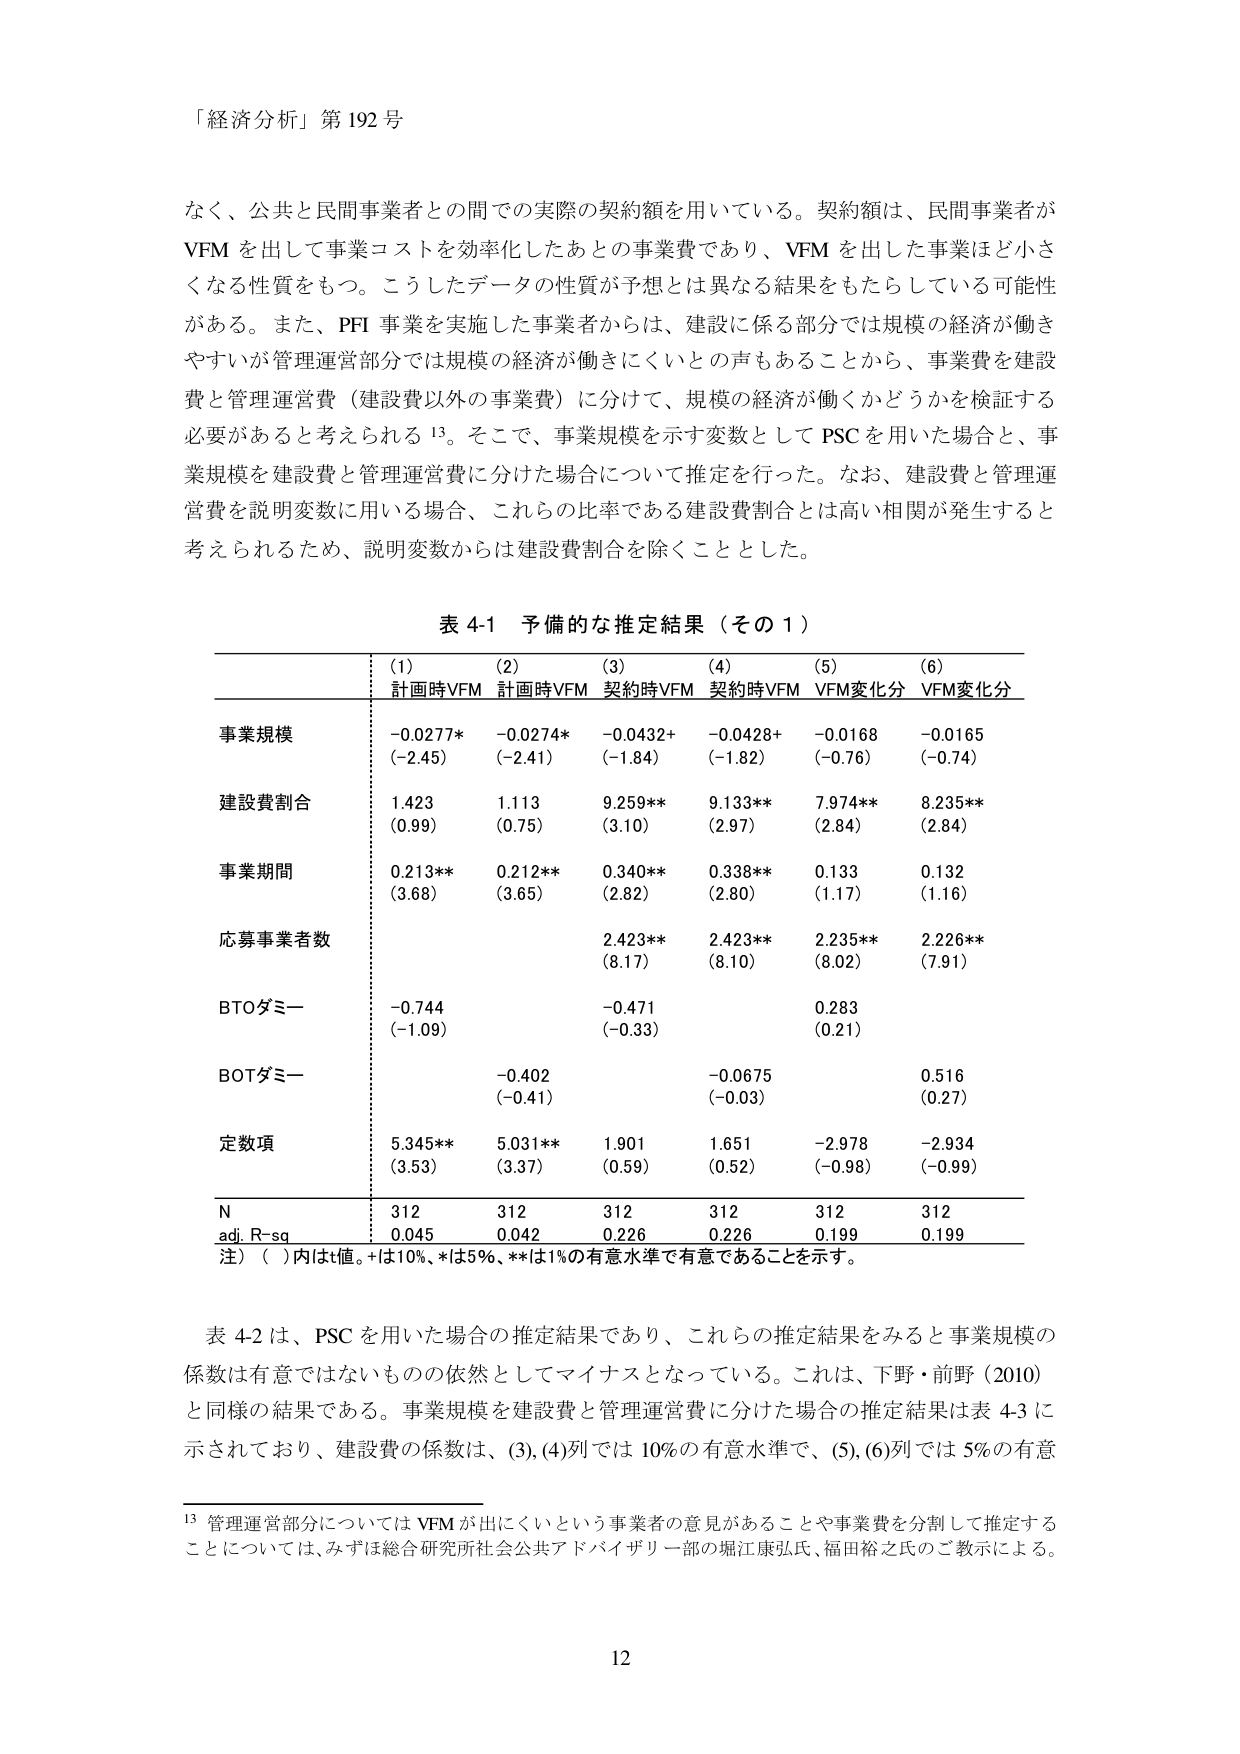
「経済分析」第192号

なく、公共と民間事業者との間での実際の契約額を用いている。契約額は、民間事業者がVFMを出して事業コストを効率化したあとの事業費であり、VFMを出した事業ほど小さくなる性質をもつ。こうしたデータの性質が予想とは異なる結果をもたらしている可能性がある。また、PFI事業を実施した事業者からは、建設に係る部分では規模の経済が働きやすいが管理運営部分では規模の経済が働きにくいとの声もあることから、事業費を建設費と管理運営費（建設費以外の事業費）に分けて、規模の経済が働くかどうかを検証する必要があると考えられる13。そこで、事業規模を示す変数としてPSCを用いた場合と、事業規模を建設費と管理運営費に分けた場合について推定を行った。なお、建設費と管理運営費を説明変数に用いる場合、これらの比率である建設費割合とは高い相関が発生すると考えられるため、説明変数からは建設費割合を除くこととした。

表4-1 予備的な推定結果（その1）

(1) (2) (3) (4) (5) (6)
計画時VFM 計画時VFM 契約時VFM 契約時VFM VFM変化分 VFM変化分

事業規模 -0.0277* -0.0274* -0.0432+ -0.0428+ -0.0168 -0.0165
(-2.45) (-2.41) (-1.84) (-1.82) (-0.76) (-0.74)

建設費割合 1.423 1.113 9.259** 9.133** 7.974** 8.235**
(0.99) (0.75) (3.10) (2.97) (2.84) (2.84)

事業期間 0.213** 0.212** 0.340** 0.338** 0.133 0.132
(3.68) (3.65) (2.82) (2.80) (1.17) (1.16)

応募事業者数 2.423** 2.423** 2.235** 2.226**
(8.17) (8.10) (8.02) (7.91)

BTOダミー -0.744 -0.471 0.283
(-1.09) (-0.33) (0.21)

BOTダミー -0.402 -0.0675 0.516
(-0.41) (-0.03) (0.27)

定数項 5.345** 5.031** 1.901 1.651 -2.978 -2.934
(3.53) (3.37) (0.59) (0.52) (-0.98) (-0.99)

N 312 312 312 312 312 312
adj. R-sq 0.045 0.042 0.226 0.226 0.199 0.199

注）（ ）内はt値。+は10%、*は5%、**は1%の有意水準で有意であることを示す。

表4-2は、PSCを用いた場合の推定結果であり、これらの推定結果をみると事業規模の係数は有意ではないものの依然としてマイナスとなっている。これは、下野・前野（2010）と同様の結果である。事業規模を建設費と管理運営費に分けた場合の推定結果は表4-3に示されており、建設費の係数は、(3),(4)列では10%の有意水準で、(5),(6)列では5%の有意

13 管理運営部分についてはVFMが出にくいという事業者の意見があることや事業費を分割して推定することについては、みずほ総合研究所社会公共アドバイザリー部の堀江康弘氏、福田裕之氏のご教示による。

12